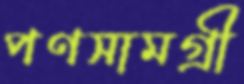
পণসামগ্রী